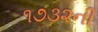
૧૭૩૨ની